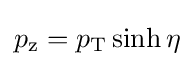
p_{\text{z}}=p_{\text{T}}\sinh {\eta }